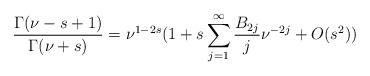
LaTeX: \begin{align*}\frac{\Gamma(\nu-s+1)}{\Gamma(\nu+s)}=\nu^{1-2s}( 1+s\sum_{j=1}^{\infty} \frac{B_{2j}}{j}\nu^{-2j}+O(s^2))\end{align*}